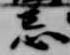
忌